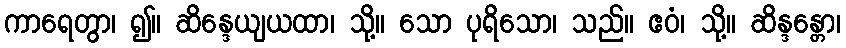
ကာရေတွာ၊ ၍။ ဆိန္ဒေယျယထာ၊ သို့။ သော ပုရိသော၊ သည်။ ဧဝံ၊ သို့။ ဆိန္ဒန္တော၊